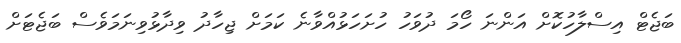
ބަޖެޓް އިސްލާހުކޮށް އަންނަ ހޯމަ ދުވަހު ހުށަހަޅުއްވާނެ ކަމަށް ޖިހާދު ވިދާޅުވިނަމަވެސް ބަޖެޓަށް